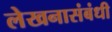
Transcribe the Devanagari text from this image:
लेखनासंबंधी